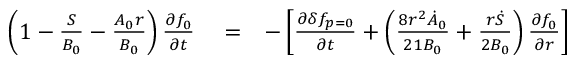
\begin{array} { r l r } { \left( 1 - \frac { S } { B _ { 0 } } - \frac { A _ { 0 } r } { B _ { 0 } } \right) \frac { \partial f _ { 0 } } { \partial t } } & { { } = } & { - \left[ \frac { \partial \delta f _ { p = 0 } } { \partial t } + \left( \frac { 8 r ^ { 2 } \dot { A } _ { 0 } } { 2 1 B _ { 0 } } + \frac { r \dot { S } } { 2 B _ { 0 } } \right) \frac { \partial f _ { 0 } } { \partial r } \right] } \end{array}